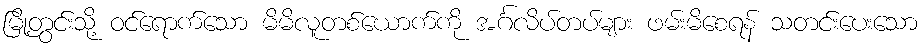
မြို့တွင်းသို့ ဝင်ရောက်သော မိမိလူတစ်ယောက်ကို အင်္ဂလိပ်တပ်များ ဖမ်းမိစေရန် သတင်းပေးသော